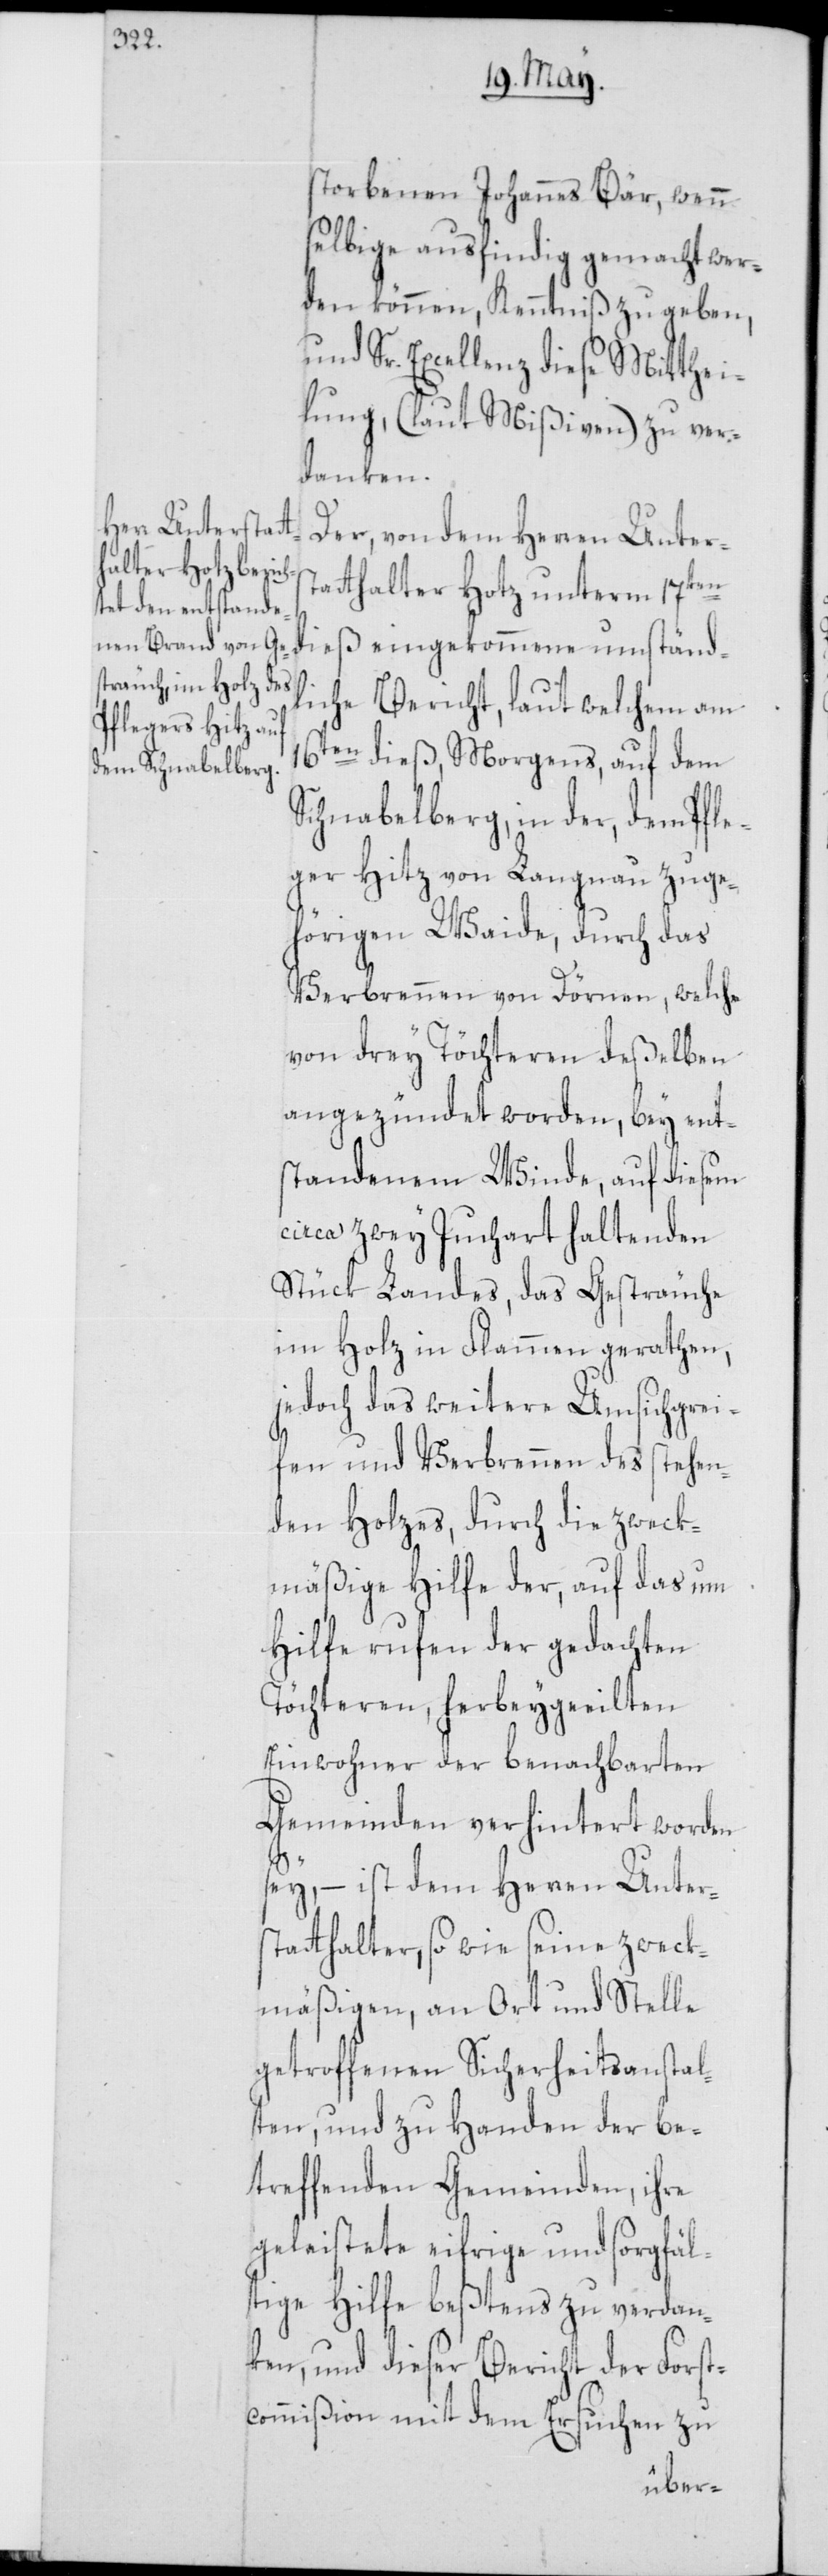
storbenen Johannes Bär, wenn
selbige ausfindig gemacht wer¬
den können, Kenntniß zu geben,
und Sr. Excellenz diese Mitthei¬
lung, (laut Mißiven) zu ver¬
danken.
Der, von dem Herren Unters¬
tatthalter Hotz unterm 17ten
dieß eingekommene umständ¬
liche Bericht, laut welchem am
16ten dieß, Morgens, auf dem
Schnabelberg, in der, dem Pfle¬
ger Hitz von Langnau zuge¬
hörigen Waide, durch das
Verbrennen von Dörnen, welche
von drey Töchteren deßelben
angezündet worden, bey ent¬
standenem Winde, auf diesem
circa zwey Juchart haltenden
Stück Landes, das Gesträuche
im Holz in Flammen gerathen,
jedoch das weitere Umsichgrei¬
fen und Verbrennen des stehen¬
den Holzes, durch die zweck¬
mäßige Hilfe der, auf das um
Hilfe rufen der gedachten
Töchteren, herbeygeeilten
Einwohner der benachbarten
Gemeinden verhindert worden
sey, – ist dem Herren Unter¬
statthalter, so wie seine zweck¬
mäßigen, an Ort und Stelle
getroffenen Sicherheitsanstal¬
ten, und zu Handen der be¬
treffenden Gemeinden, ihre
geleistete eifrige und sorgfäl¬
tige Hilfe beßtens zu verdan¬
ken, und dieser Bericht der Forst¬
commißion mit dem Ersuchen zu